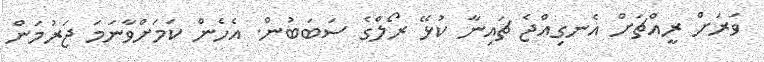
ވަރަށް ރީއްޗަށް އެނގިއްޖެ ޗައިނާ ކުޅޭ ރޯލްގެ ސަބަބުން. އެހެން ކަމަށްވާނަމަ ޖަރުމަން